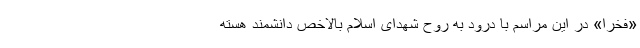
«فخرا» در این مراسم با درود به روح شهدای اسلام بالاخص دانشمند هسته